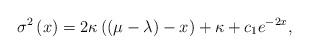
LaTeX: \begin{align*}\sigma ^{2}\left( x\right) =2\kappa \left( \left( \mu -\lambda \right)-x\right) +\kappa +c_{1}e^{-2x},\end{align*}